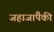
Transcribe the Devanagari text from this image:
जहाजांपैकी